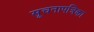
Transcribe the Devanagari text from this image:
सूचनापत्रिका